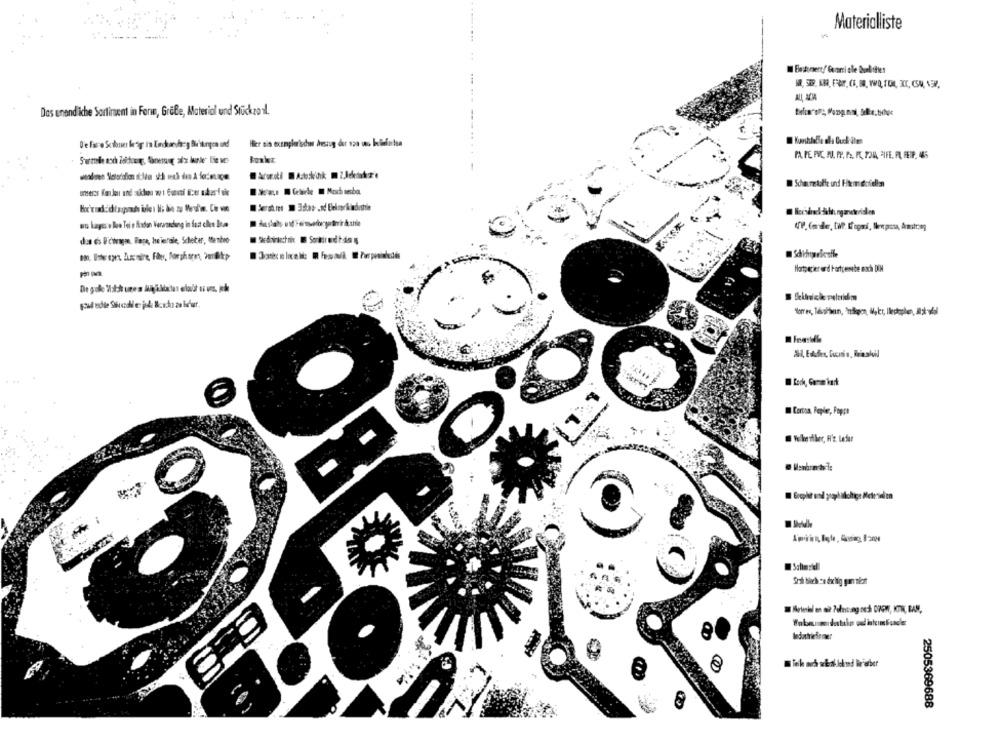
Materialliste
Das unendliche Sortiment in Form, Gräfe, Material und Stückzonal.
PA PE PVC, MI. PY, PA. PO, POIA, CIFE, PAL, FETP, 485
Sayı Getirde . Mosch sesba
wo lagsse lee Toi e fixdan Vararundung in fact cles Bra
Hortpapier erd Fortpennebe exch DIN
· Kikrocke pelatidm
Corton, Pepler, Poppe
Vole ifilec, H'z. Lefar
Schimstel
2505369688